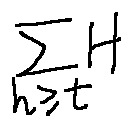
\sum \limits _ { h \geq t } H